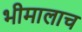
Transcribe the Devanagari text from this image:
भीमालाच